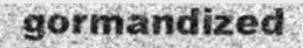
gormandized